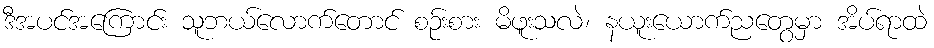
ဒီအပင်အကြောင်း သူဘယ်လောက်တောင် စဉ်းစား မိဖူးသလဲ၊ နယူးယောက်ညတွေမှာ အိပ်ရာထဲ